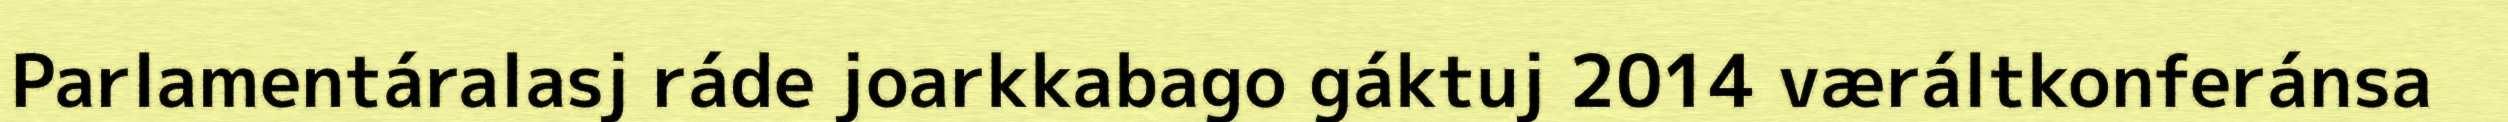
Parlamentáralasj ráde joarkkabago gáktuj 2014 væráltkonferánsa